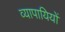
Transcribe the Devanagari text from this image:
व्यापायियों